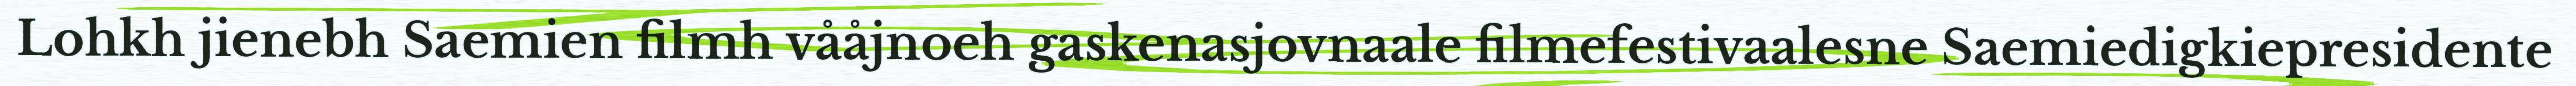
Lohkh jienebh Saemien filmh vååjnoeh gaskenasjovnaale filmefestivaalesne Saemiedigkiepresidente